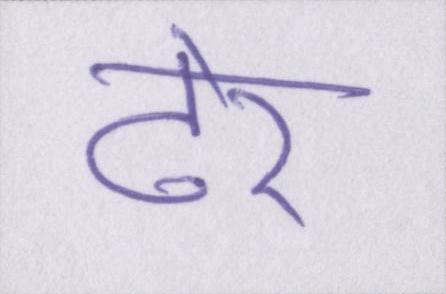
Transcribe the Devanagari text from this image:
ढेर